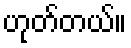
ဟုတ်တယ်။